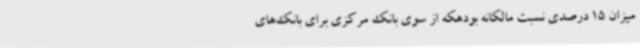
میزان 15 درصدی نسبت مالکانه بودهکه از سوی بانک مرکزی برای بانک‌های